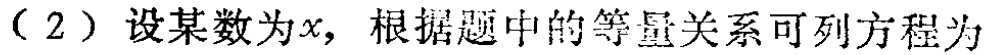
（2）设某数为\(x\)，根据题中的等量关系可列方程为